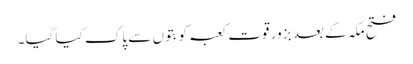
فتح مکہ کے بعد بزور قوت کعبہ کو بتوں سے پاک کیا گیا۔